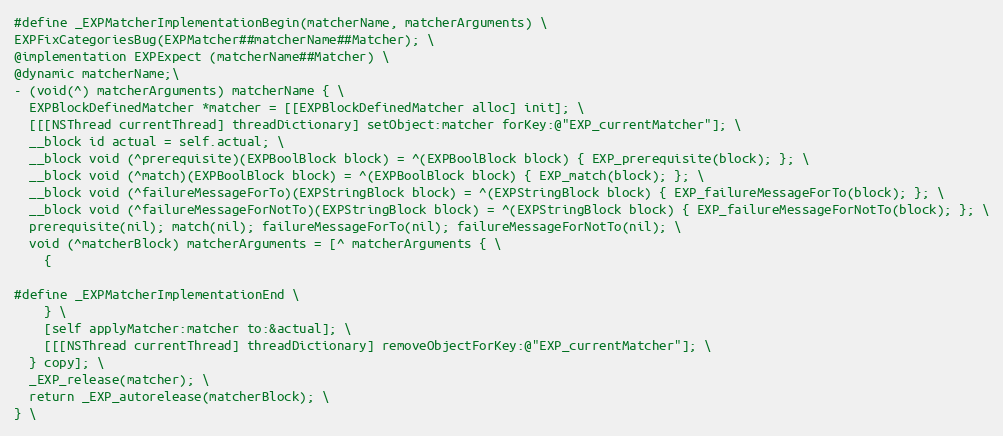
Language: C
#define _EXPMatcherImplementationBegin(matcherName, matcherArguments) \
EXPFixCategoriesBug(EXPMatcher##matcherName##Matcher); \
@implementation EXPExpect (matcherName##Matcher) \
@dynamic matcherName;\
- (void(^) matcherArguments) matcherName { \
  EXPBlockDefinedMatcher *matcher = [[EXPBlockDefinedMatcher alloc] init]; \
  [[[NSThread currentThread] threadDictionary] setObject:matcher forKey:@"EXP_currentMatcher"]; \
  __block id actual = self.actual; \
  __block void (^prerequisite)(EXPBoolBlock block) = ^(EXPBoolBlock block) { EXP_prerequisite(block); }; \
  __block void (^match)(EXPBoolBlock block) = ^(EXPBoolBlock block) { EXP_match(block); }; \
  __block void (^failureMessageForTo)(EXPStringBlock block) = ^(EXPStringBlock block) { EXP_failureMessageForTo(block); }; \
  __block void (^failureMessageForNotTo)(EXPStringBlock block) = ^(EXPStringBlock block) { EXP_failureMessageForNotTo(block); }; \
  prerequisite(nil); match(nil); failureMessageForTo(nil); failureMessageForNotTo(nil); \
  void (^matcherBlock) matcherArguments = [^ matcherArguments { \
    {

#define _EXPMatcherImplementationEnd \
    } \
    [self applyMatcher:matcher to:&actual]; \
    [[[NSThread currentThread] threadDictionary] removeObjectForKey:@"EXP_currentMatcher"]; \
  } copy]; \
  _EXP_release(matcher); \
  return _EXP_autorelease(matcherBlock); \
} \